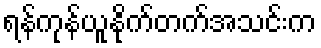
ရန်ကုန်ယူနိုက်တက်အသင်းက